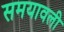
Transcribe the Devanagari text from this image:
समयावली